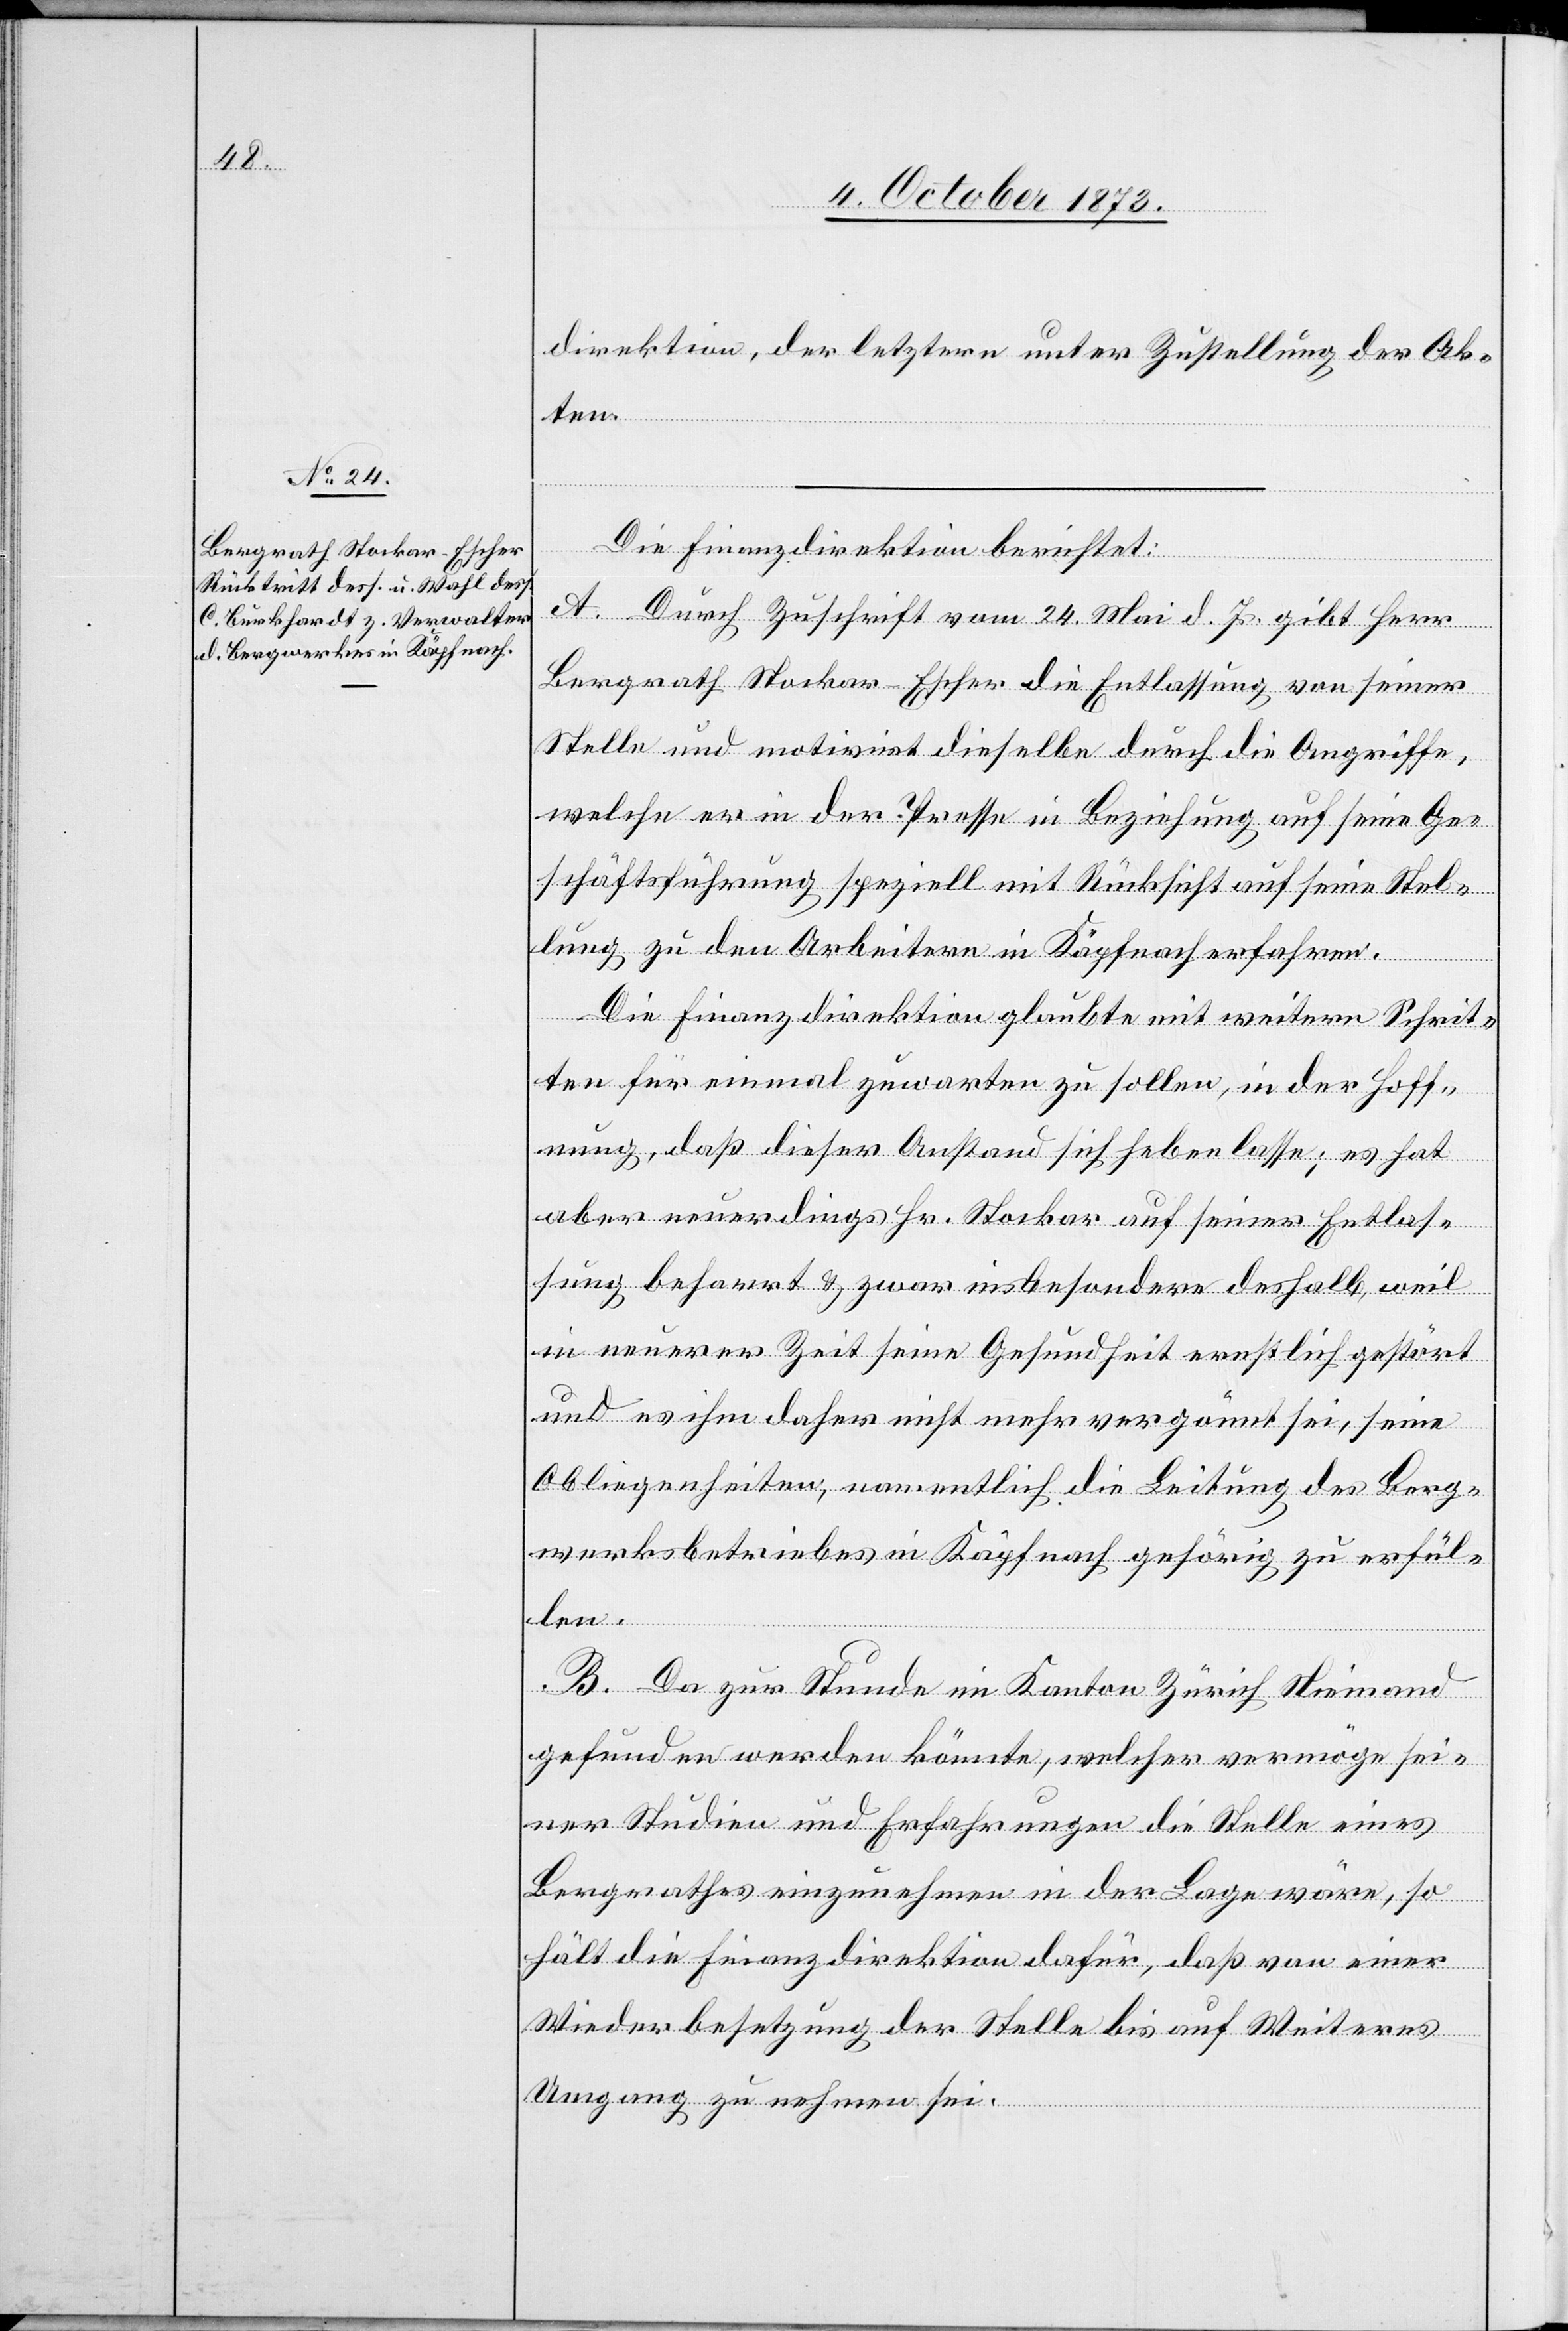
direktion, der letztern unter Zustellung der Ak¬
ten.
Die Finanzdirektion berichtet:
A. Durch Zuschrift vom 24. Mai d. Js. gibt Herr
Bergrath Stockar-Escher die Entlassung von seiner
Stelle und motivirt dieselbe durch die Angriffe,
welche er in der Presse in Beziehung auf seine Ge¬
schäftsführung speziell mit Rücksicht auf seine Stel¬
lung zu den Arbeitern in Käpfnach erfahren.
Die Finanzdirektion glaubte mit weitern Schrit¬
ten für einmal zuwarten zu sollen, in der Hoff¬
nung, daß dieser Anstand sich heben lasse; es hat
aber neuerdings Hr. Stockar auf seiner Entlas¬
sung beharrt & zwar insbesondere deshalb, weil
in neuerer Zeit seine Gesundheit ernstlich gestört
und es ihm daher nicht mehr vergönnt sei, seine
Obliegenheiten, namentlich die Leitung des Berg¬
werksbetriebes in Käpfnach gehörig zu erfül¬
len.
B. Da zur Stunde im Kanton Zürich Niemand
gefunden werden könnte, welcher vermöge sei¬
ner Studien und Erfahrungen die Stelle eines
Bergrathes einzunehmen in der Lage wäre, so
hält die Finanzdirektion dafür, daß von einer
Wiederbesetzung der Stelle bis auf Weiteres
Umgang zu nehmen sei.